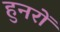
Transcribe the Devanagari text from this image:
हुनरों